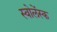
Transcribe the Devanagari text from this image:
स्वोलेंस्क